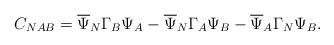
LaTeX: \begin{align*}C_{NAB}= \overline{\Psi}_N\Gamma_B\Psi_{A}-\overline{\Psi}_N\Gamma_A\Psi_{B}-\overline{\Psi}_A\Gamma_N\Psi_{B}.\end{align*}